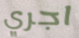
اجري